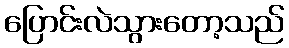
ပြောင်းလဲသွားတော့သည်